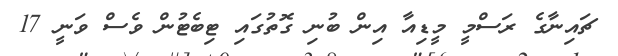
ޗައިނާގެ ރަސްމީ މީޑިއާ އިން ބުނި ގޮތުގައި ޓިބެޓުން ވެސް ވަނީ 17